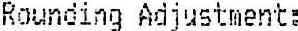
ROUNDING ADJUSTMENT: